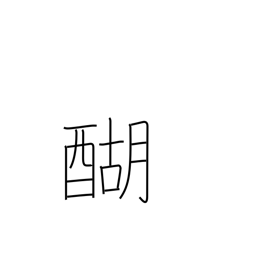
Meaning: boiled butter